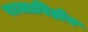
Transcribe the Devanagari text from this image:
राजाविहीन